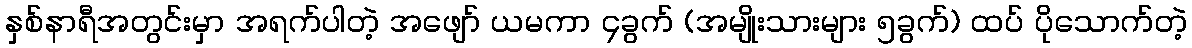
နှစ်နာရီအတွင်းမှာ အရက်ပါတဲ့ အဖျော် ယမကာ ၄ခွက် (အမျိုးသားများ ၅ခွက်) ထပ် ပိုသောက်တဲ့